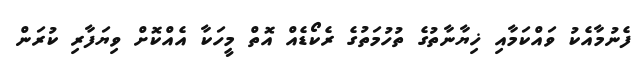
ފެނުމާއެކު ވައްކަމާއި ޚިޔާނާތުގެ ތުހުމަތުގެ ރެކޯޑެއް އޮތް މީހަކާ އެއްކޮށް ވިޔަފާރި ކުރަން